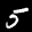
Label: 5